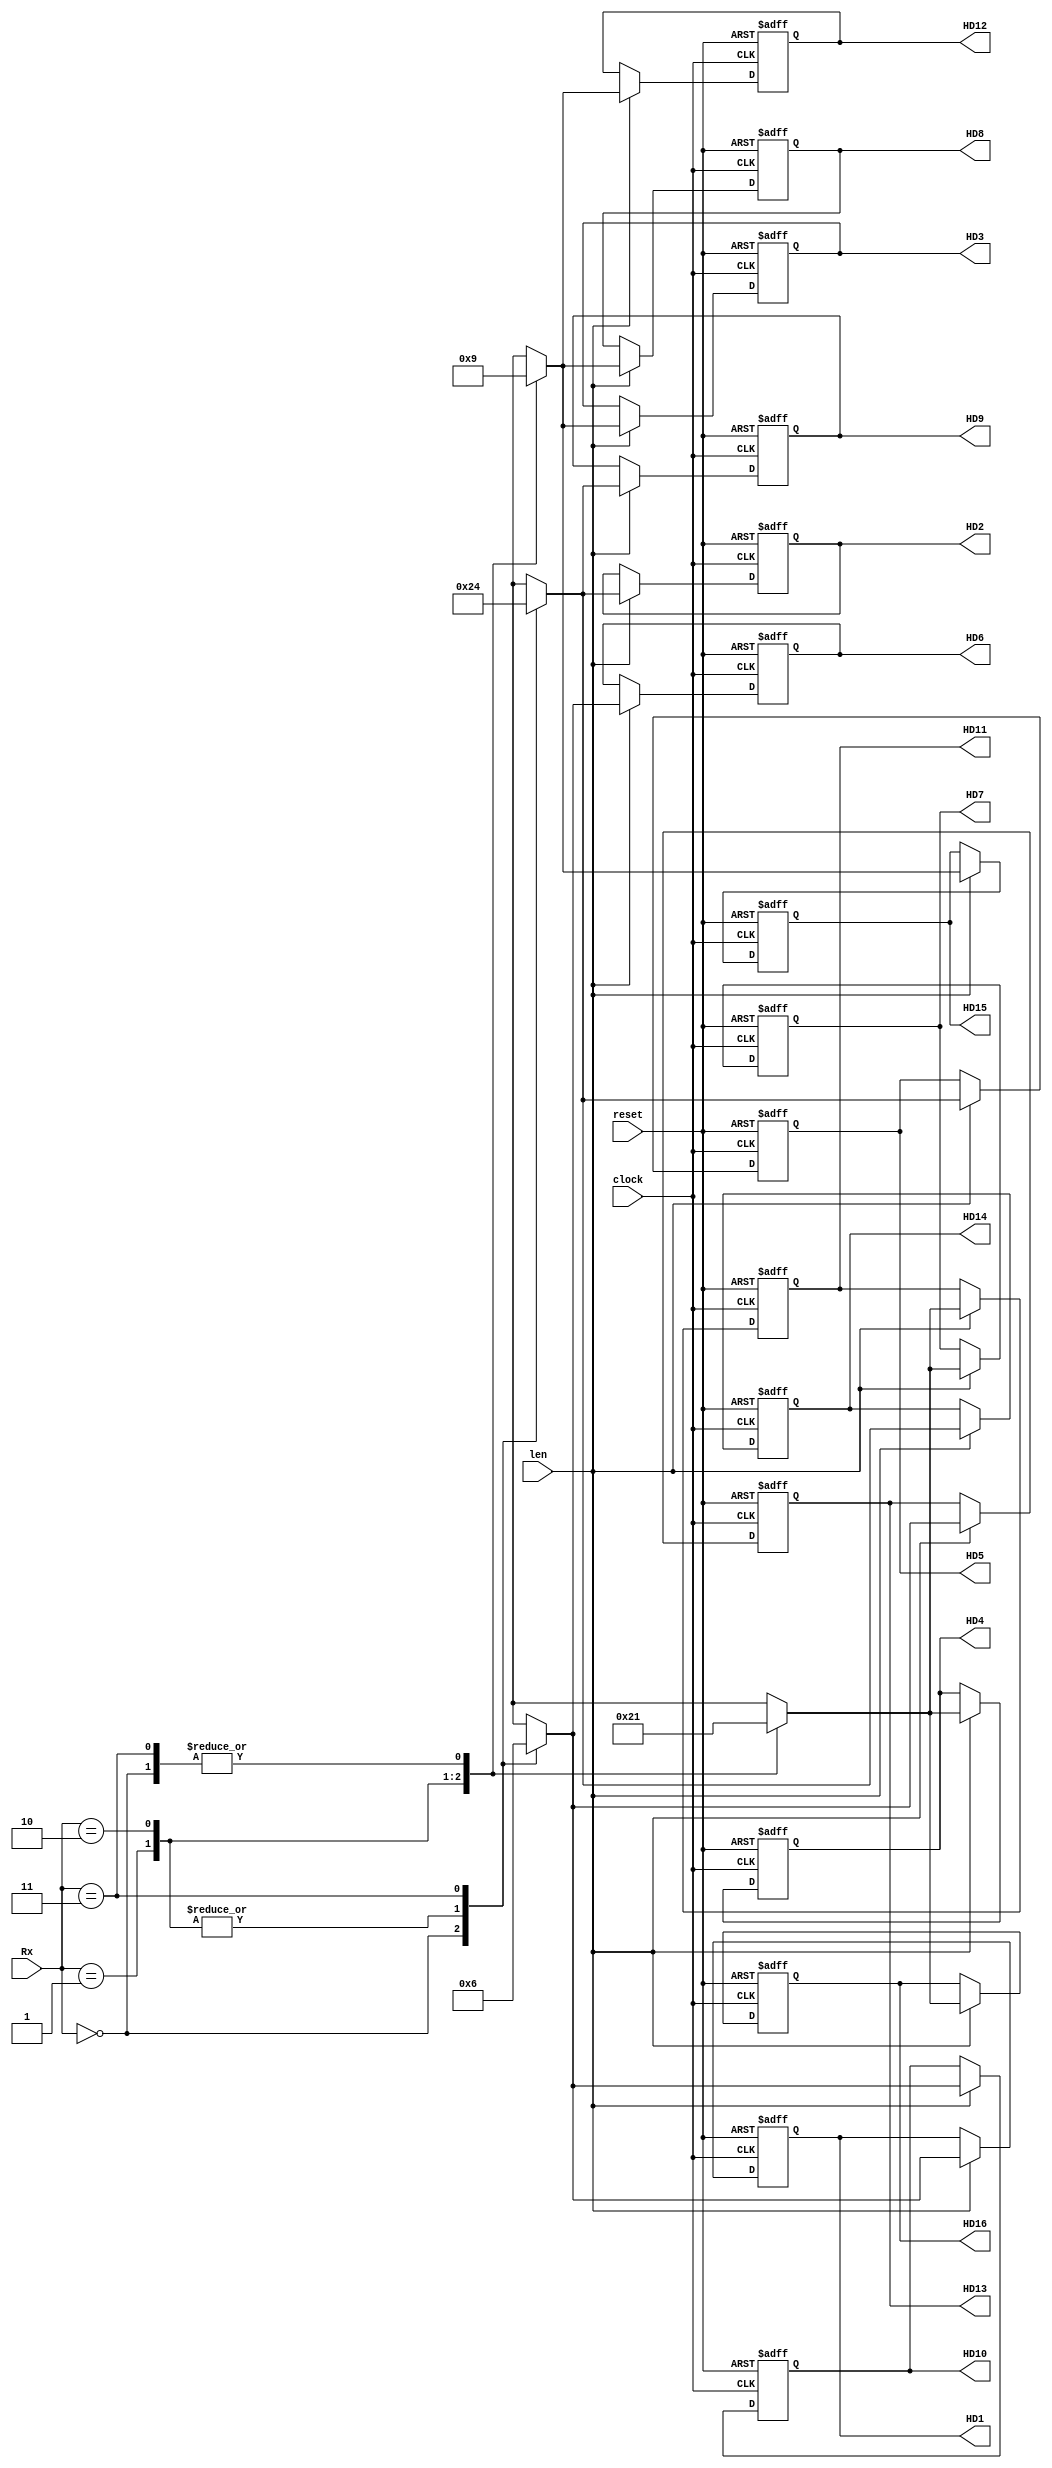
`timescale 1ns / 1ps
//////////////////////////////////////////////////////////////////////////////////
// Company: 
// Engineer: 
// 
// Design Name: 
// Module Name:    BMU 
// Project Name: 
// Target Devices: 
// Tool versions: 
// Description: 
//
// Dependencies: 
//
// Revision: 
// Revision 0.01 - File Created
// Additional Comments: 
//
//////////////////////////////////////////////////////////////////////////////////
module BMU( HD1, HD2, HD3, HD4, HD5, HD6, HD7, HD8, HD9, HD10, HD11, HD12, HD13, HD14, HD15, HD16, Rx, len, clock, reset
    );
output  [1:0] HD1;
output  [1:0] HD2;
output  [1:0] HD3;
output  [1:0] HD4;
output  [1:0] HD5;
output  [1:0] HD6;
output  [1:0] HD7;
output  [1:0] HD8;
output  [1:0] HD9;
output  [1:0] HD10;
output  [1:0] HD11;
output  [1:0] HD12;
output  [1:0] HD13;
output  [1:0] HD14;
output  [1:0] HD15;
output  [1:0] HD16;

input [1:0] Rx;
input len;
input reset;
input clock;

   reg [1:0] 	 HD1;

   reg [1:0] 	 HD2;

   reg [1:0] 	 HD3;

   reg [1:0] 	 HD4;

   reg [1:0] 	 HD5;

   reg [1:0] 	 HD6;

   reg [1:0] 	 HD7;

   reg [1:0] 	 HD8;

   reg [1:0] 	 HD9;

   reg [1:0] 	 HD10;

   reg [1:0] 	 HD11;

   reg [1:0] 	 HD12;

   reg [1:0] 	 HD13;

   reg [1:0] 	 HD14;

   reg [1:0] 	 HD15;

   reg [1:0] 	 HD16; 


always@(posedge clock or posedge reset)
begin
if(reset)
begin
HD1<=0; HD9<=0;
HD2<=0; HD10<=0;
HD3<=0; HD11<=0;
HD4<=0; HD12<=0;
HD5<=0; HD13<=0;
HD6<=0; HD14<=0;
HD7<=0; HD15<=0;
HD8<=0; HD16<=0;
end
else if(len)
begin
case(Rx)
					2'b00: begin
                         HD1 <=2'b00; HD2 <=2'b10; HD3 <=2'b01; HD4 <=2'b01;
                         HD5 <=2'b10; HD6 <=2'b00; HD7 <=2'b01; HD8 <=2'b01;
                         HD9 <=2'b10; HD10<=2'b00; HD11<=2'b01; HD12<=2'b01;
                         HD13<=2'b00; HD14<=2'b10; HD15<=2'b01; HD16<=2'b01;
                      end
               
               2'b01: begin
                         HD1 <=2'b01; HD2 <=2'b01; HD3 <=2'b00; HD4 <=2'b10;
                         HD5 <=2'b01; HD6 <=2'b01; HD7 <=2'b10; HD8 <=2'b00;
                         HD9 <=2'b01; HD10<=2'b01; HD11<=2'b10; HD12<=2'b00;
                         HD13<=2'b01; HD14<=2'b01; HD15<=2'b00; HD16<=2'b10;
                      end
         
               2'b10: begin
                         HD1 <=2'b01; HD2 <=2'b01; HD3 <=2'b10; HD4 <=2'b00;
                         HD5 <=2'b01; HD6 <=2'b01; HD7 <=2'b00; HD8 <=2'b10;
                         HD9 <=2'b01; HD10<=2'b01; HD11<=2'b00; HD12<=2'b10;
                         HD13<=2'b01; HD14<=2'b01; HD15<=2'b10; HD16<=2'b00;
                      end

               2'b11: begin
                         HD1 <=2'b10; HD2 <=2'b00; HD3 <=2'b01; HD4 <=2'b01;
                         HD5 <=2'b00; HD6 <=2'b10; HD7 <=2'b01; HD8 <=2'b01;
                         HD9 <=2'b00; HD10<=2'b10; HD11<=2'b01; HD12<=2'b01;
                         HD13<=2'b10; HD14<=2'b00; HD15<=2'b01; HD16<=2'b01;
                      end
          endcase 


end

end
endmodule